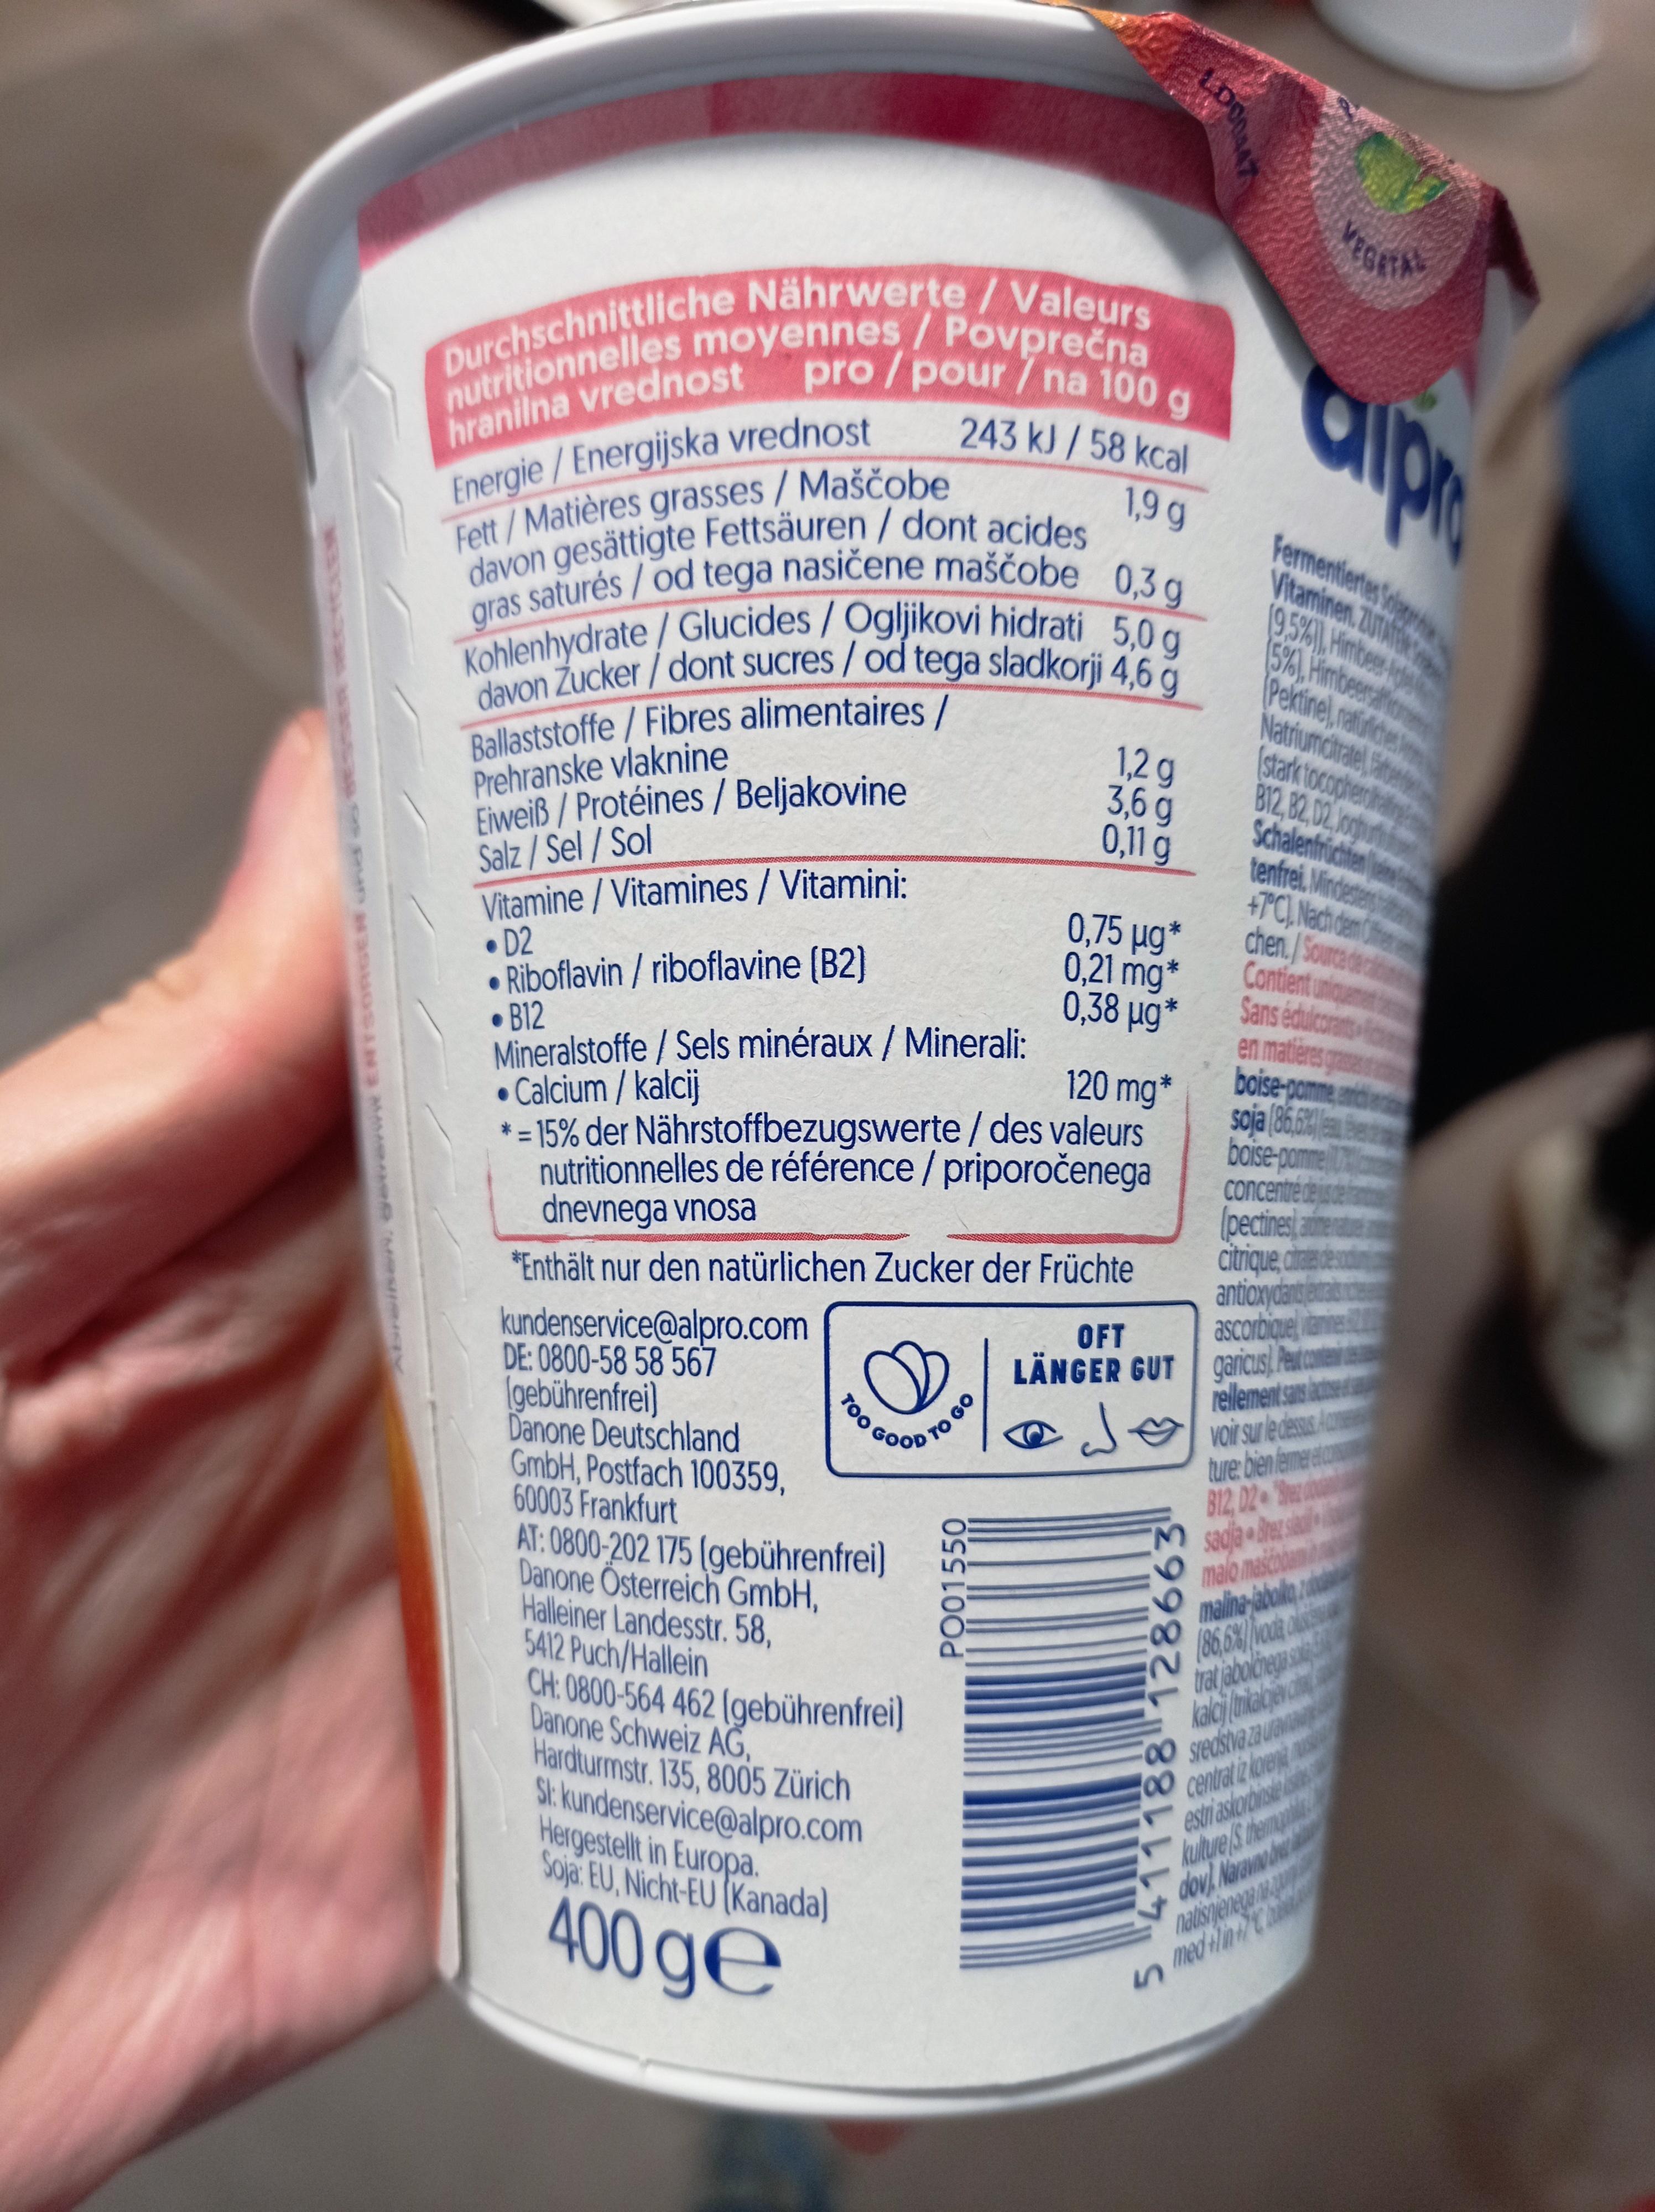
A
Abreinen, gewerww ENTSORGE Gne
Durchschnittliche Nährwerte / Valeurs nutritionnelles moyennes / Povprečna hranilna vrednost pro/pour / na 100 g
243 kJ/58 kcal 1,9 g
Energie/ Energijska vrednost Fett/Matières grasses / Maščobe davon gesättigte Fettsäuren / dont acides Kohlenhydrate/Glucides / Ogljikovi hidrati 5,0 g gras saturés/ od tega nasičene maščobe 0,3 g davon Zucker/dont sucres / od tega sladkorji 4,6 g
Ballaststoffe /Fibres alimentaires /
Prehranske vlaknine
Eiweiß/Protéines / Beljakovine
Salz/Sel / Sol
Vitamine/Vitamines / Vitamini:
kundenservice@alpro.com DE: 0800-58 58 567 (gebührenfrei)
D2
Riboflavin / riboflavine (B2)
B12
Mineralstoffe / Sels minéraux / Minerali:
• Calcium / kalcij
120 mg *
* = 15% der Nährstoffbezugswerte / des valeurs nutritionnelles de référence / priporočenega dnevnega vnosa
*Enthält nur den natürlichen Zucker der Früchte
Danone Deutschland GmbH, Postfach 100359, 60003 Frankfurt AT: 0800-202 175 (gebührenfrei) Danone Österreich GmbH,
Halleiner Landesstr. 58,
TOO
GOOD TO GO
5412 Puch/Hallein CH: 0800-564 462 (gebührenfrei) Danone Schweiz AG, Hardturmstr. 135, 8005 Zürich St: kundenservice@alpro.com Hergestellt in Europa. Soja: EU, Nicht-EU (Kanada)
400 ge
1,2 g
3,6 g
0,11 g
PO01550
0,75 µg*
0,21 mg
0,38 µg*
OFT
LÄNGER GUT
d
E9982L 881117 S
Fermentiertes Solg Vitaminen. ZUTATER
(9.5%), Himbee (5%), Himbeersa
Pektine), natürliches
Natriumcitrate
stark tocopherohe
B12, B2, D2, Joh
Schalenfrüchten
tenfrei. Mindestens
+7°C), Nach dem d
chen./Source de Contient
Sans édulcorants
en matières
boise-pomme
soja (86,6%)
boise-pomme
ascorbiquelanines
garicus) Peut conten
rellement sans lactose
voir sur le dessus. Acons
ture: bien fermer etcom B12, D2 Brez
sadja Brezs
malo mascobam
VEGETA
concentré des de
(pectines a
citrique, caso
antioxydants entrance
malina-jabolko
(86,6%) voda
trat jabolcnega s
kalci nikalgjev c
sredstva za uravian
centrat iz koren
estriaskorbinste
med flin C
kulture is the
dov). Naravno bre
natisnjenega na p